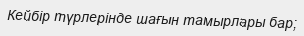
Кейбір түрлерінде шағын тамырлары бар;